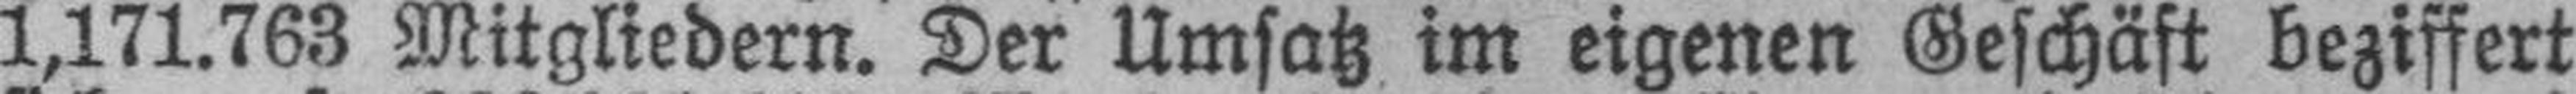
1,171.763 Mitgliedern. Der Umsatz im eigenen Geschäft beziffert